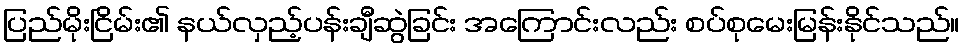
ပြည်မိုးငြိမ်း၏ နယ်လှည့်ပန်းချီဆွဲခြင်း အကြောင်းလည်း စပ်စုမေးမြန်းနိုင်သည်။